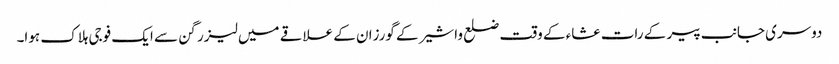
دوسری جانب پیر کے رات عشاء کے وقت ضلع واشیر کے گورزان کے علاقے میں لیزر گن سے ایک فوجی ہلاک ہوا۔